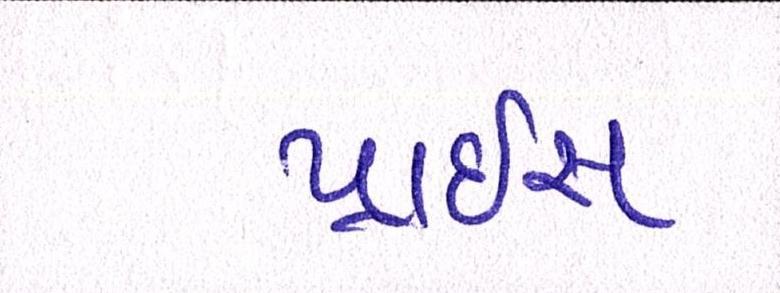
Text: પ્રાઇસ